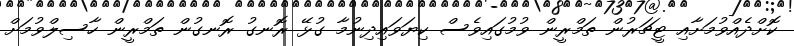
ކޮށްދެއްވުމަށާއި ޓީޗަރުން ތަމްރީން ވުމުގައިވެސް ކިޔަވައިދިނުމާ ގުޅޭ ރޮނގު ރޮނގުން ތަމްރީން ހާސިލްވުމަށް